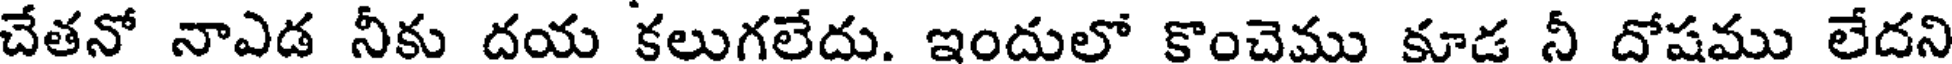
చేతనో నాఎడ నీకు దయ కలుగలేదు. ఇందులో కొంచెము కూడ నీ దోషము లేదని